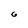
Character: 6